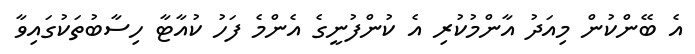
އެ ބޭންކުން މިއަދު އާންމުކުރި އެ ކުންފުނީގެ އެންމެ ފަހު ކުއާޓާ ހިސާބުތަކުގައިވާ